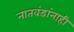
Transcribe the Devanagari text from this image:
नातवंडांनाही